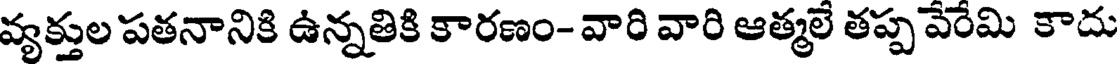
వ్యక్తుల పతనానికి ఉన్నతికి కారణం- వారి వారి ఆత్మలే తప్ప వేరేమి కాదు